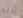
أذنه